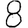
Digit: 8